Annual administration report of the Bombay Presidency - 1887-1892
Year: 1887
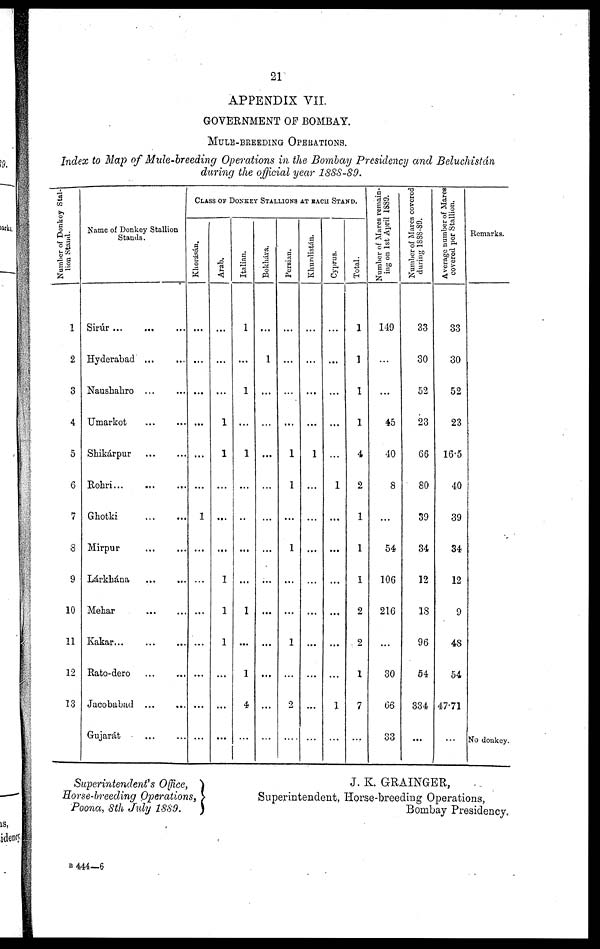
21
APPENDIX VII.
GOVERNMENT OF BOMBAY.
MULE-BREEDING OPERATIONS.
Index to Map of Mule-breeding Operations in the Bombay Presidency and Beluchistán
during the official year 1888-89.
Number of Donkey Stal¬
lion Stand.
1
2
3
4
5
6
7
8
9
10
11
12
13
Name of Donkey Stallion
Stands.
Sirúr
...
...
...
Hyderabad
...
...
Naushahro ... ...
Umarkot ... ...
Shikárpur
...
...
Rohri
...
...
...
Ghotki
...
...
Mirpur
...
...
Lárkhána ... ...
Mehar
...
...
Kakar... ... ...
Rato-dero ... ...
Jacobabad ... ...
Gujarát ... ...
CLASS OF DONKEY STALLIONS AT BACH STAND.
Khorásán.
...
...
...
...
...
...
1
...
...
...
...
...
...
...
Arab.
...
...
...
1
1
...
...
...
1
1
1
...
...
...
Italian.
1
...
1
...
1
...
..
...
...
1
...
1
4
...
Bokhara.
...
1
...
...
...
...
...
...
...
...
...
...
...
...
Persian.
...
...
...
...
1
1
...
1
...
...
1
...
2
....
Khurdistán.
...
...
...
...
1
...
...
...
...
...
...
...
...
...
Cyprus.
...
...
...
...
...
1
...
...
...
...
...
...
1
...
Total.
1
1
1
1
4
2
1
1
1
2
9
1
7
...
Number of Mares remain-
ing on 1st April 1839.
149
...
...
45
40
8
...
54
106
216
...
30
66
33
Number of Mares covered
during 1888-89.
33
30
52
23
66
80
39
34
12
18
96
54
334
...
Average number of Mares
covered per Stallion.
33
30
52
23
16.5
40
39
34
12
9
48
54
47.71
...
Remarks.
No donkey.
Superintendent's Office,
Horse-breeding Operations,
Poona, 8th July 1889.
J. K. GRAINGER,
Superintendent, Horse-breeding Operations,
Bombay Presidency.
B 444—6